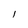
Character: 1